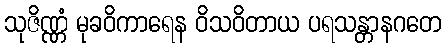
သုဇိဏ္ဏံ မုခဝိကာရေန ဝိသဝိတာယ ပရသန္တာနဂတေ